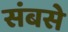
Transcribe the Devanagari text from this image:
संबसे